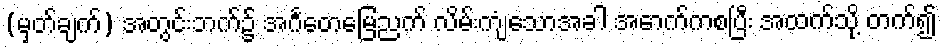
(မှတ်ချက်) အတွင်းဘက်၌ အင်္ဂတေမြေညက် လိမ်းကျံသောအခါ အောက်ကစပြီး အထက်သို့ တက်၍